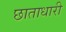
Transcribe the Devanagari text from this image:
छाताधारी